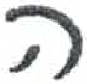
אות: ה